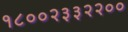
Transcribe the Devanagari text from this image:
१८००२३३२२००